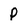
Character: P